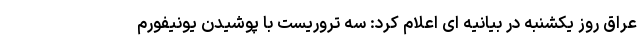
عراق روز یکشنبه در بیانیه ای اعلام کرد: سه تروریست با پوشیدن یونیفورم